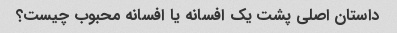
داستان اصلی پشت یک افسانه یا افسانه محبوب چیست؟